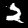
Digit: 2